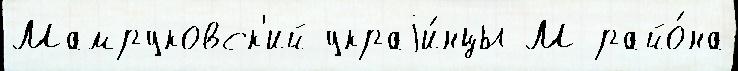
Мамруковск'ий украjи́нцы М райо́на